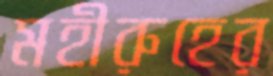
মহীরুহের